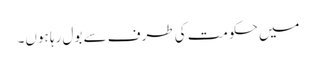
میں حکومت کی طرف سے بول رہا ہوں۔